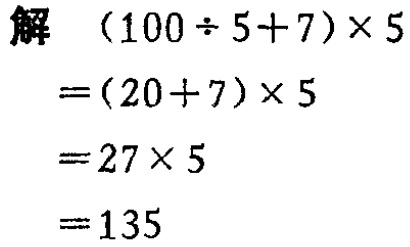
解

\[

\begin{align*}

&(100\div5 + 7)\times5\\

=&(20 + 7)\times5\\

=&27\times5\\

=&135

\end{align*}

\]